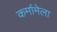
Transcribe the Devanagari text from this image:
कर्मामेला